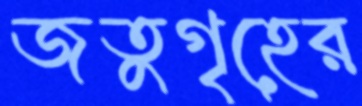
জতুগৃহের